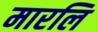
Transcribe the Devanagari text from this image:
मारलि